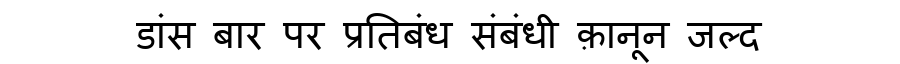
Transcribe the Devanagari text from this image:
डांस बार पर प्रतिबंध संबंधी क़ानून जल्द